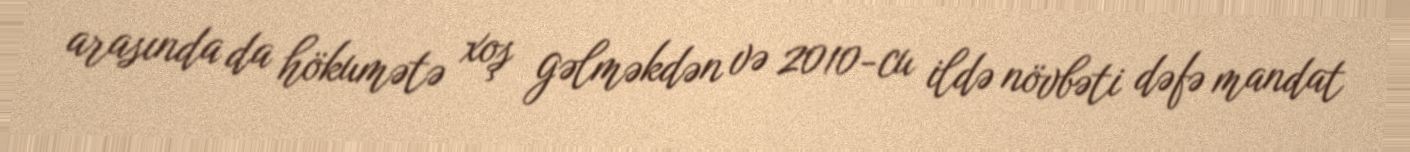
arasında da hökumətə xoş gəlməkdən və 2010-cu ildə növbəti dəfə mandat